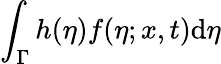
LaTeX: \int_{\Gamma}h(\eta)f(\eta;x,t)\mathrm{d}\eta